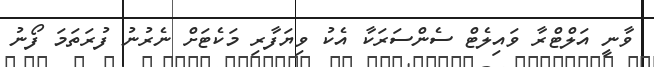
ވާނީ އަލްޓްރާ ވައިލެޓް ސެންސަރަކާ އެކު ވިޔަފާރި މަކެޓަށް ނެރުނު ފުރަތަމަ ފޯނު